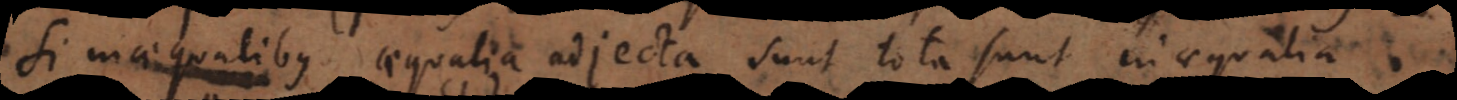
Si inaequalibus aequalia adjecta sunt tota sunt inaequalia.